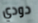
دودي